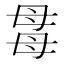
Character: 𣫯